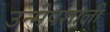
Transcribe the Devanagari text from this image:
उन्मेषशाली